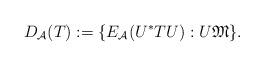
LaTeX: \begin{align*}D_{\mathcal A}(T):=\{E_{\mathcal A}(U^*TU) : U \mathfrak M\}.\end{align*}